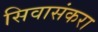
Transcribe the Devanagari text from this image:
सिवासंकरा